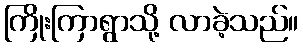
ကြိုးကြာရွာသို့ လာခဲ့သည်။